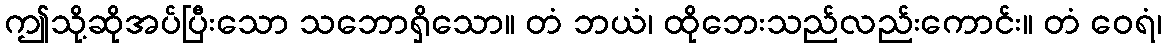
ဤသို့ဆိုအပ်ပြီးသော သဘောရှိသော။ တံ ဘယံ၊ ထိုဘေးသည်လည်းကောင်း။ တံ ဝေရံ၊